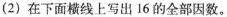
(2)在下面横线上写出16的全部因数。